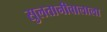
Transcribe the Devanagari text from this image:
सुलतानीवालाला